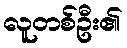
လူတစ်ဦး၏